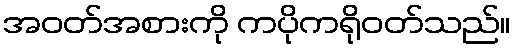
အဝတ်အစားကို ကပိုကရိုဝတ်သည်။